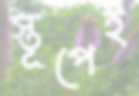
স্তূপেই